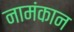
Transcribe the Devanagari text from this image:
नामंकान